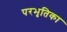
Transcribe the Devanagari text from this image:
परभृतिका